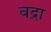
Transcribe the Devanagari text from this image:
वद्रा